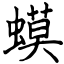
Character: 蟆